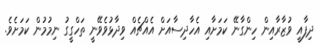
ދިފާއީ ވުޒާރާއިން ހިންގާނޭ ކަމަށާއި އެހާދިސާއަށް އެއްޗެއް ވިދާޅުވެވޭނީ ތަހްގީގު ނިމުމުން ކަމަށެވެ.